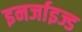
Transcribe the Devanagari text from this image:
इनर्जाइज्ड